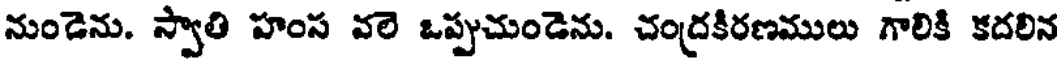
నుండెను. స్వాతి హంస వలె ఒప్పుచుండెను. చంద్రకిరణములు గాలికి కదలిన